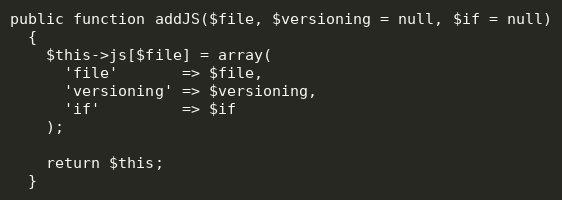
Language: PHP
public function addJS($file, $versioning = null, $if = null)
  {
    $this->js[$file] = array(
      'file'       => $file,
      'versioning' => $versioning,
      'if'         => $if
    );

    return $this;
  }